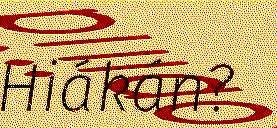
Hiákán?